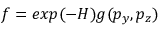
f = e x p ( - H ) g ( p _ { y } , p _ { z } )